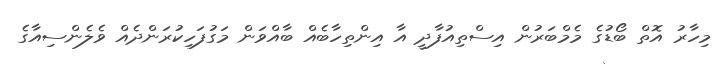
މިހާރު އޮތް ބޯޑުގެ މެމްބަރުން އިސްތިއުފާދީ އާ އިންތިހާބެއް ބާއްވަން މަގުފަހިކުރަންދެއް ވެލެންސިއާގެ